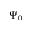
\Psi _ { 0 }